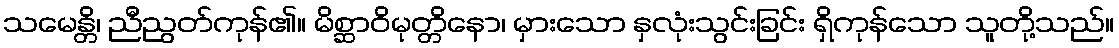
သမေန္တိ၊ ညီညွတ်ကုန်၏။ မိစ္ဆာဝိမုတ္တိနော၊ မှားသော နှလုံးသွင်းခြင်း ရှိကုန်သော သူတို့သည်။